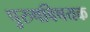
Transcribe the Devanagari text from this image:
पुरुषविषयक